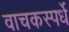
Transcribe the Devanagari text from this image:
वाचकस्पर्धे